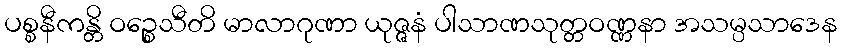
ပစ္စနီကန္တိ ဝဉ္စေသီတိ မာလာဂုဏာ ယုဇ္ဇနံ ပါသာဏသုတ္တဝဏ္ဏနာ အသမ္ပသာဒေန